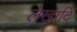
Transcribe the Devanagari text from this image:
लेखादि